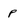
Character: p